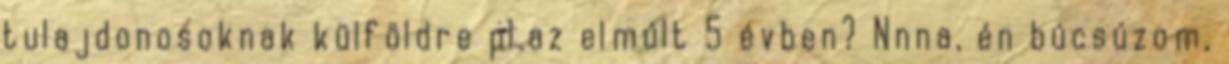
tulajdonosoknak külföldre pl.az elmúlt 5 évben? Nnna, én búcsúzom,